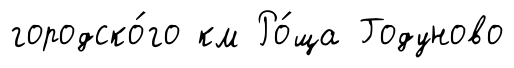
городско́го км Ро́ща Годуново